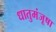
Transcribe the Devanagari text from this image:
धातुमंजूषा